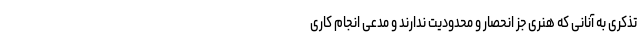
تذکری به آنانی که هنری جز انحصار و محدودیت ندارند و مدعی انجام کاری